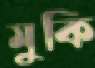
মুকি